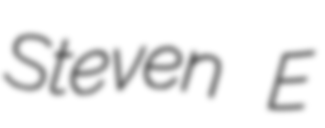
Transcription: Steven E